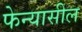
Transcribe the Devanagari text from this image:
फेन्यासील